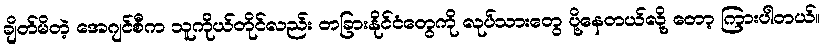
ချိတ်မိတဲ့ အေဂျင်စီက သူကိုယ်တိုင်လည်း တခြားနိုင်ငံတွေကို လုပ်သားတွေ ပို့နေတယ်လို့ တော့ ကြားပါတယ်။